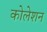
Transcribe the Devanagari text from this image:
कोलेशन